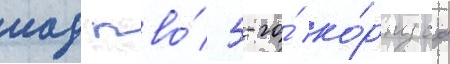
иад пво́ 5-го́ ко́рпуса